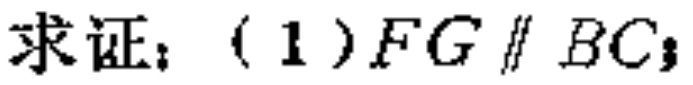
求证：（1）\(FG\parallel BC\)；